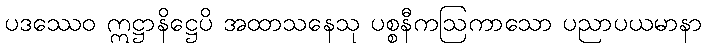
ပဒဿေဝ ဣဋ္ဌာနိဋ္ဌေပိ အထာသနေသု ပစ္စနီကဩကာသော ပညာပယမာနာ